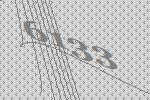
6133